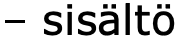
– sisältö